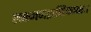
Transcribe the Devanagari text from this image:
लक्ष्मणप्राणिकायाः।